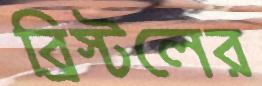
ব্রিস্টলের